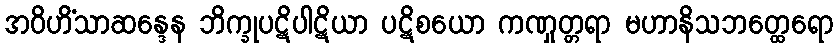
အဝိဟိံသာဆန္ဒေန ဘိက္ခုပဋိပါဋိယာ ပဋိစယော ကဏှုတ္တရာ မဟာနိသဘတ္ထေရော